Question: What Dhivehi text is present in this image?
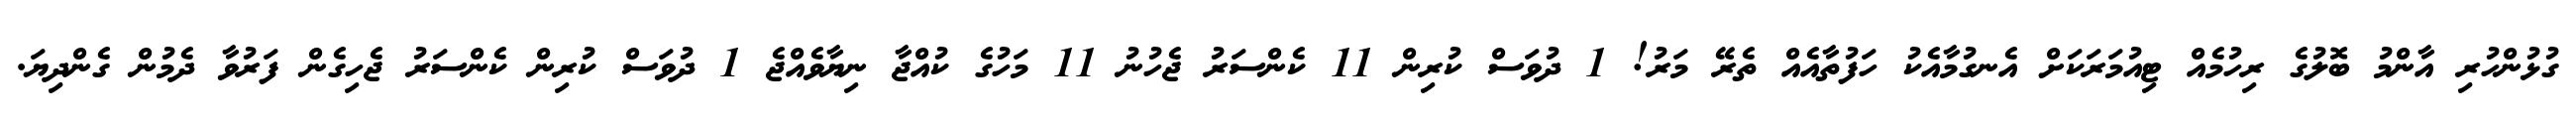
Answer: ގުޅުންހުރި އާންމު ބޮލުގެ ރިހުމެއް ޓިއުމަރަކަށް އެނގުމާއެކު ހަފުތާއެއް ތެރޭ މަރު! 1 ދުވަސް ކުރިން 11 ކެންސަރު ޖެހުނު 11 މަހުގެ ކުއްޖާ ނިޔާވެއްޖެ 1 ދުވަސް ކުރިން ކެންސަރު ޖެހިގެން ފަރުވާ ދެމުން ގެންދިޔަ.